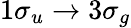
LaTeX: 1\sigma_{u}\to 3\sigma_{g}